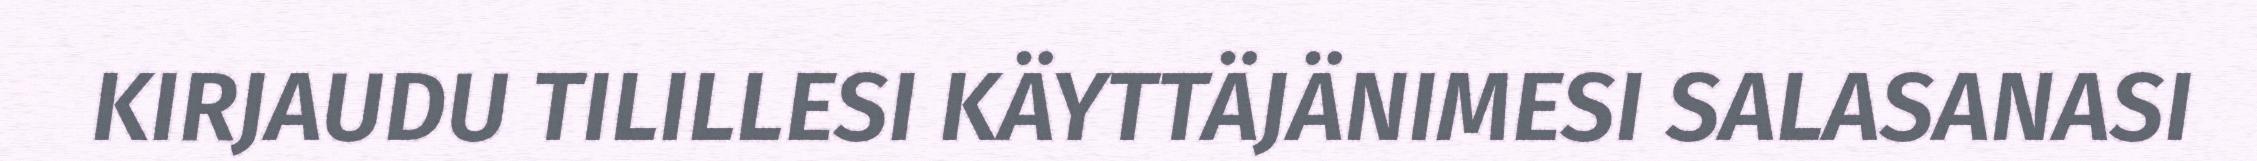
KIRJAUDU TILILLESI KÄYTTÄJÄNIMESI SALASANASI